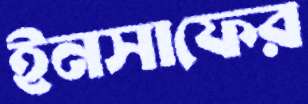
ইনসাফের